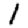
Digit: 1